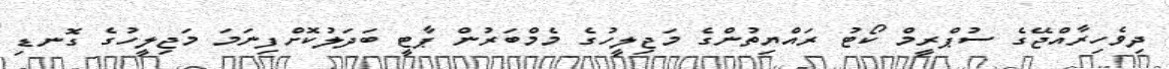
ދިވެހިރާއްޖޭގެ ސުޕްރީމް ކޯޓު ރައްޔިތުންގެ މަޖިލީހުގެ މެމްބަރުން ޕާޓީ ބަދަލުކޮށްފިނަމަ މަޖިލީހުގެ ގޮނޑި